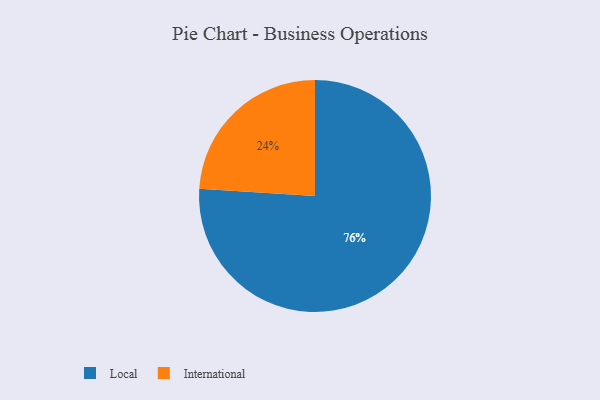
{"axis": {"x": "Category", "y": "Percentage"}, "legend": ["International", "Local"], "data": [{"x": "Local", "y": 76, "type": "Local"}, {"x": "International", "y": 24, "type": "International"}]}